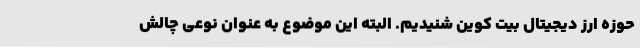
حوزه ارز دیجیتال بیت کوین شنیدیم. البته این موضوع به عنوان نوعی چالش